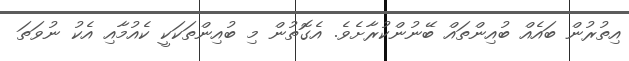
އިތުރުން ބައެއް ބުއިންތައް ބޭނުންކުރާށެވެ. އެގޮތުން މި ބުއިންތަކަކީ ކެއުމާއި އެކު ނުވަތަ